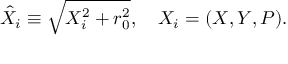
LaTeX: \hat { X } _ { i } \equiv \sqrt { X _ { i } ^ { 2 } + r _ { 0 } ^ { 2 } } , \ \ \ X _ { i } = ( X , Y , P ) .